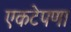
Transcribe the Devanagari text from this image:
एकटेपणा